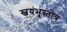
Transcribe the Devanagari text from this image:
स्वयंभूस्तोत्र